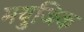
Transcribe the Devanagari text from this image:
मयुजिक